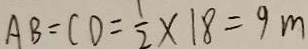
A B = C D = \frac { 1 } { 2 } \times 1 8 = 9 m